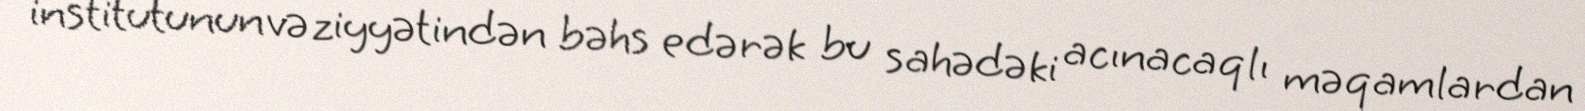
institutunun vəziyyətindən bəhs edərək bu sahədəki acınacaqlı məqamlardan